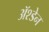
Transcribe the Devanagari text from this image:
ॲश्डेन